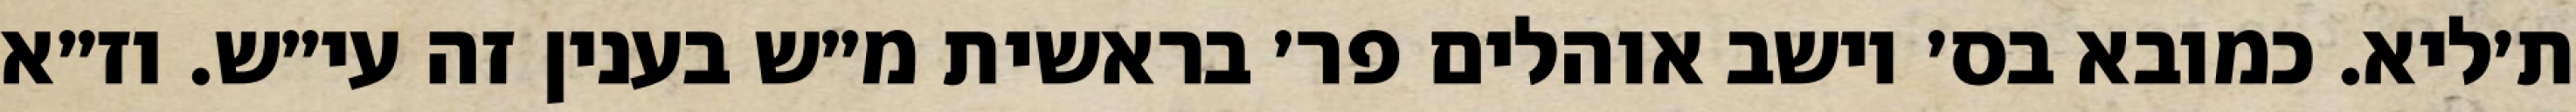
ת׳ליא. כמובא בס׳ יושב אוהלים פר׳ בראשית מ״ש בענין זה עי״ש. וז״א